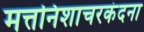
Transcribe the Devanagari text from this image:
मत्तनिशाचरकंदना